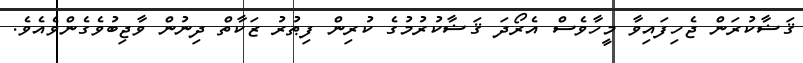
ޤަޟާކުރަން ޖެހިފައިވާ މީހާވެސް އެރޯދަ ޤަޟާކުރުމުގެ ކުރިން ފިޠުރު ޒަކާތް ދިނުން ވާޖިބުވެގެންވެއެވެ.